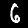
Label: 6